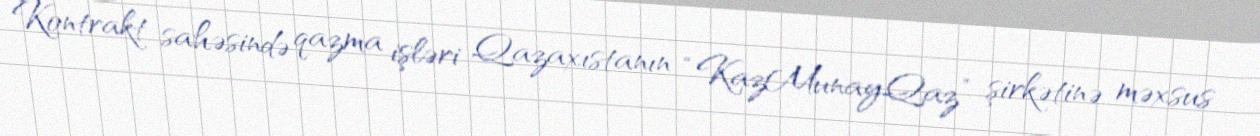
Kontrakt sahəsində qazma işləri Qazaxıstanın “KazMunayQaz” şirkətinə məxsus